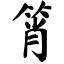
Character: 筲